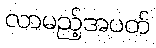
လာမည့်အပတ်